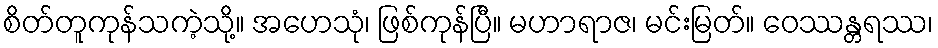
စိတ်တူကုန်သကဲ့သို့။ အဟေသုံ၊ ဖြစ်ကုန်ပြီ။ မဟာရာဇ၊ မင်းမြတ်။ ဝေဿန္တရဿ၊